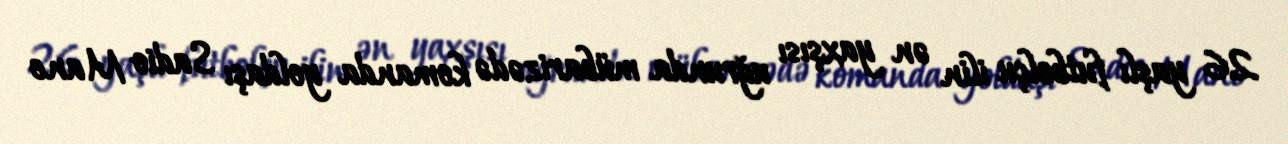
26 yaşlı futbolçu ilin ən yaxşısı uğrunda mübarizədə komanda yoldaşı Sadio Mane